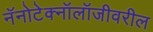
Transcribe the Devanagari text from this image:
नॅनोटेक्नॉलॉजीवरील